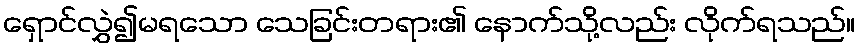
ရှောင်လွှဲ၍မရသော သေခြင်းတရား၏ နောက်သို့လည်း လိုက်ရသည်။